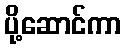
ပို့ဆောင်ကာ